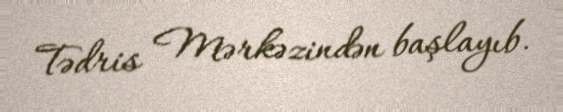
Tədris Mərkəzindən başlayıb.